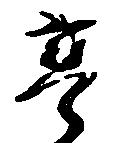
享